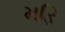
મડિ